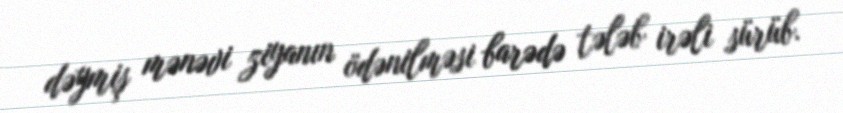
dəymiş mənəvi ziyanın ödənilməsi barədə tələb irəli sürüb.